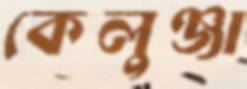
কেলুঞ্জা